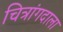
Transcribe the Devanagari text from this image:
चित्रांगदाला